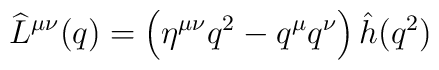
\widehat L^{\mu\nu}(q) = \left (\eta^{\mu\nu}q^2- q^{\mu}q^{\nu}\right)\hat h(q^2)